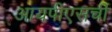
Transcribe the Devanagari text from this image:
आयपीएसची